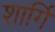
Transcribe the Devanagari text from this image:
शार्गिं